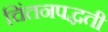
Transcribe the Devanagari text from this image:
चिंतनपद्धती